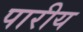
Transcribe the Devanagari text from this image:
पारीय